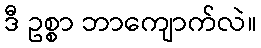
ဒီ ဥစ္စာ ဘာကျောက်လဲ။